Leaving Certificate Examination (including Day School Certificate (Higher) General paper), 1936
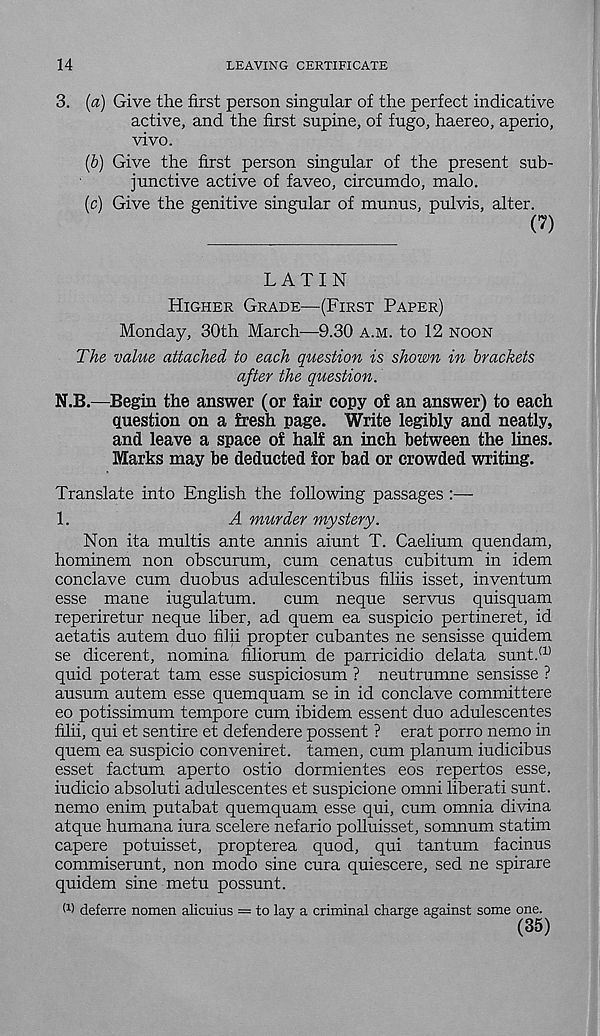
14
LEAVING CERTIFICATE
3. {a) Give the first person singular of the perfect indicative
active, and the first supine, of fugo, haereo, aperio,
vivo.
(b) Give the first person singular of the present sub-
junctive active of faveo, circumdo, malo.
(c) Give the genitive singular of munus, pulvis, alter.
(7)
LATIN
HIGHER GRADE—(FIRST PAPER)
Monday, 30th March—9.30 A.M. to 12 NOON
The value attached to each question is shown in brackets
after the question.
N.B.—Begm the answer (or fair copy of an answer) to each
question on a £resh page. Write legibly and neatly,
and leave a space of half an inch between the lines.
Marks may be deducted for bad or crowded writing.
Translate into English the following passages :—
1.
A murder mystery.
Non ita multis ante annis aiunt T. Caelium quendam,
hominem non obscurum, cum cenatus cubitum in idem
conclave cum duobus adulescentibus filiis isset, inventum
esse mane iugulatum. cum neque servus quisquam
reperiretur neque liber, ad quern ea suspicio pertineret, id
aetatis autem duo filii propter cubantes ne sensisse quidem
se dicerent, nomina filiorum de parricidio delata sunt. a)
quid poterat tarn esse suspiciosum ? neutrumne sensisse ?
ausum autem esse quemquam se in id conclave committere
eo potissimum tempore cum ibidem essent duo adulescentes
filii, qui et sentire et defendere possent ? erat porro nemo in
quem ea suspicio conveniret. tamen, cum planum iudicibus
esset factum aperto ostio dormientes eos repertos esse,
iudicio absoluti adulescentes et suspicione omni liberati sunt,
nemo enim putabat quemquam esse qui, cum omnia divina
atque humana iura scelere nefario polluisset, somnum statim
capere potuisset, propterea quod, qui tantum facinus
commiserunt, non modo sine cura quiescere, sed ne spirare
quidem sine metu possunt.
(1 > deferre nomen alicuius = to lav a criminal charge against some one.
(35)